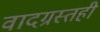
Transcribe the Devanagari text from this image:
वादग्रस्तही